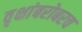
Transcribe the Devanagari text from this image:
वृक्षांबरोबरच